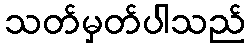
သတ်မှတ်ပါသည်